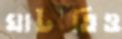
ঘাটতিও